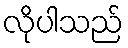
လိုပါသည်